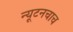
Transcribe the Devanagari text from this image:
न्यूटनचाच